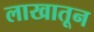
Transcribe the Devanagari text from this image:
लाखातून